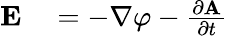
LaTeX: \begin{array}{rl}{\mathbf{E}}&{{}=-\mathbf{\nabla}\varphi-{\frac{\partial\mathbf{A}}{\partial t}}}\end{array}